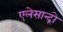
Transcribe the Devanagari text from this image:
एलेसान्द्रो